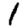
Digit: 1